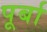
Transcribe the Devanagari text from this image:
पूर्बा